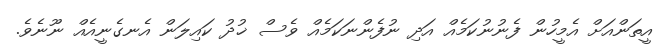
އީތަންއަށް އެމީހުން ފެނުނުކަމެއް އަދި ނުފެންނަކަމެއް ވެސް ޚުދު ކައިލަން އެނގެނީއެއް ނޫނެވެ.